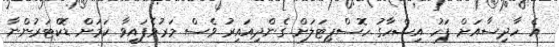
އެ ހާދިސާއަށް ފަހު އިޝްހާގު ހޮސްޕިޓަލަށް ގެންދިއައިރު ވެސް މަރުވެފައިވާ ކަމަށް ޑޮކްޓަރުންނާ